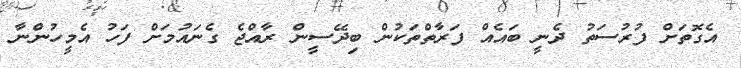
އެގޮތަށް ފުރުސަތު ދެނީ ބައެއް ފަރާތްތަކުން ބިދޭސީން ރާއްޖެ ގެނައުމަށް ފަހު އެމީހުންނާ